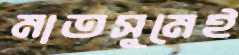
মাতসুমেই